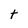
Character: t